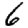
Digit: 6